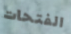
الفتحات